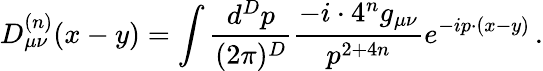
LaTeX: D_{\mu\nu}^{(n)}(x-y)=\int\frac{d^{D}p}{(2\pi)^{D}}\frac{-i\cdot 4^{n}g_{\mu\nu}}{p^{2+4n}}e^{-ip\cdot(x-y)}\, .